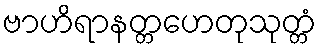
ဗာဟိရာနတ္တဟေတုသုတ္တံ